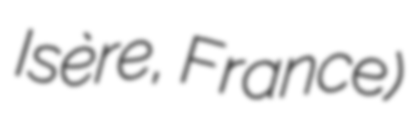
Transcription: Isère, France)